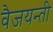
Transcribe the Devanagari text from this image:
वैजयन्‍ती